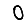
Digit: 0